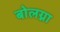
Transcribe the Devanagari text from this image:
बोलग्ना